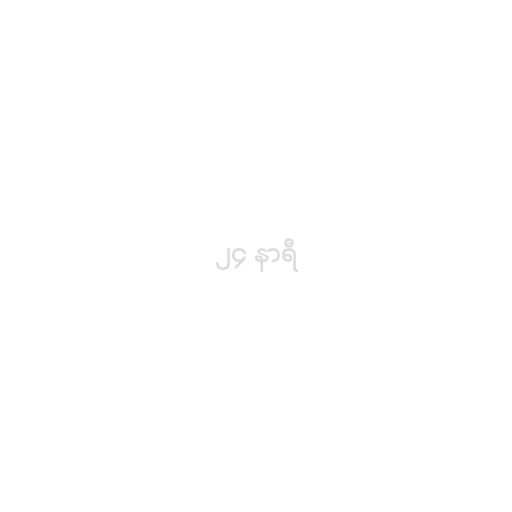
၂၄ နာရီ